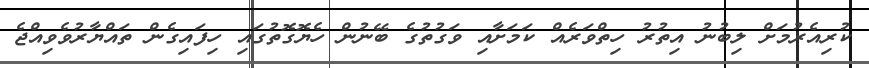
ކުރިއެރުމަށް ލިބުނު އިތުރު ހިތްވަރެއް ކަމަށާއި ވަގުތުގެ ބޭނުން ހެޔޮގޮތުގައި ހިފައިގެން ތައްޔާރުވެވިއްޖެ